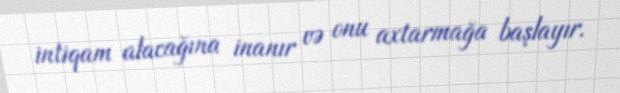
intiqam alacağına inanır və onu axtarmağa başlayır.